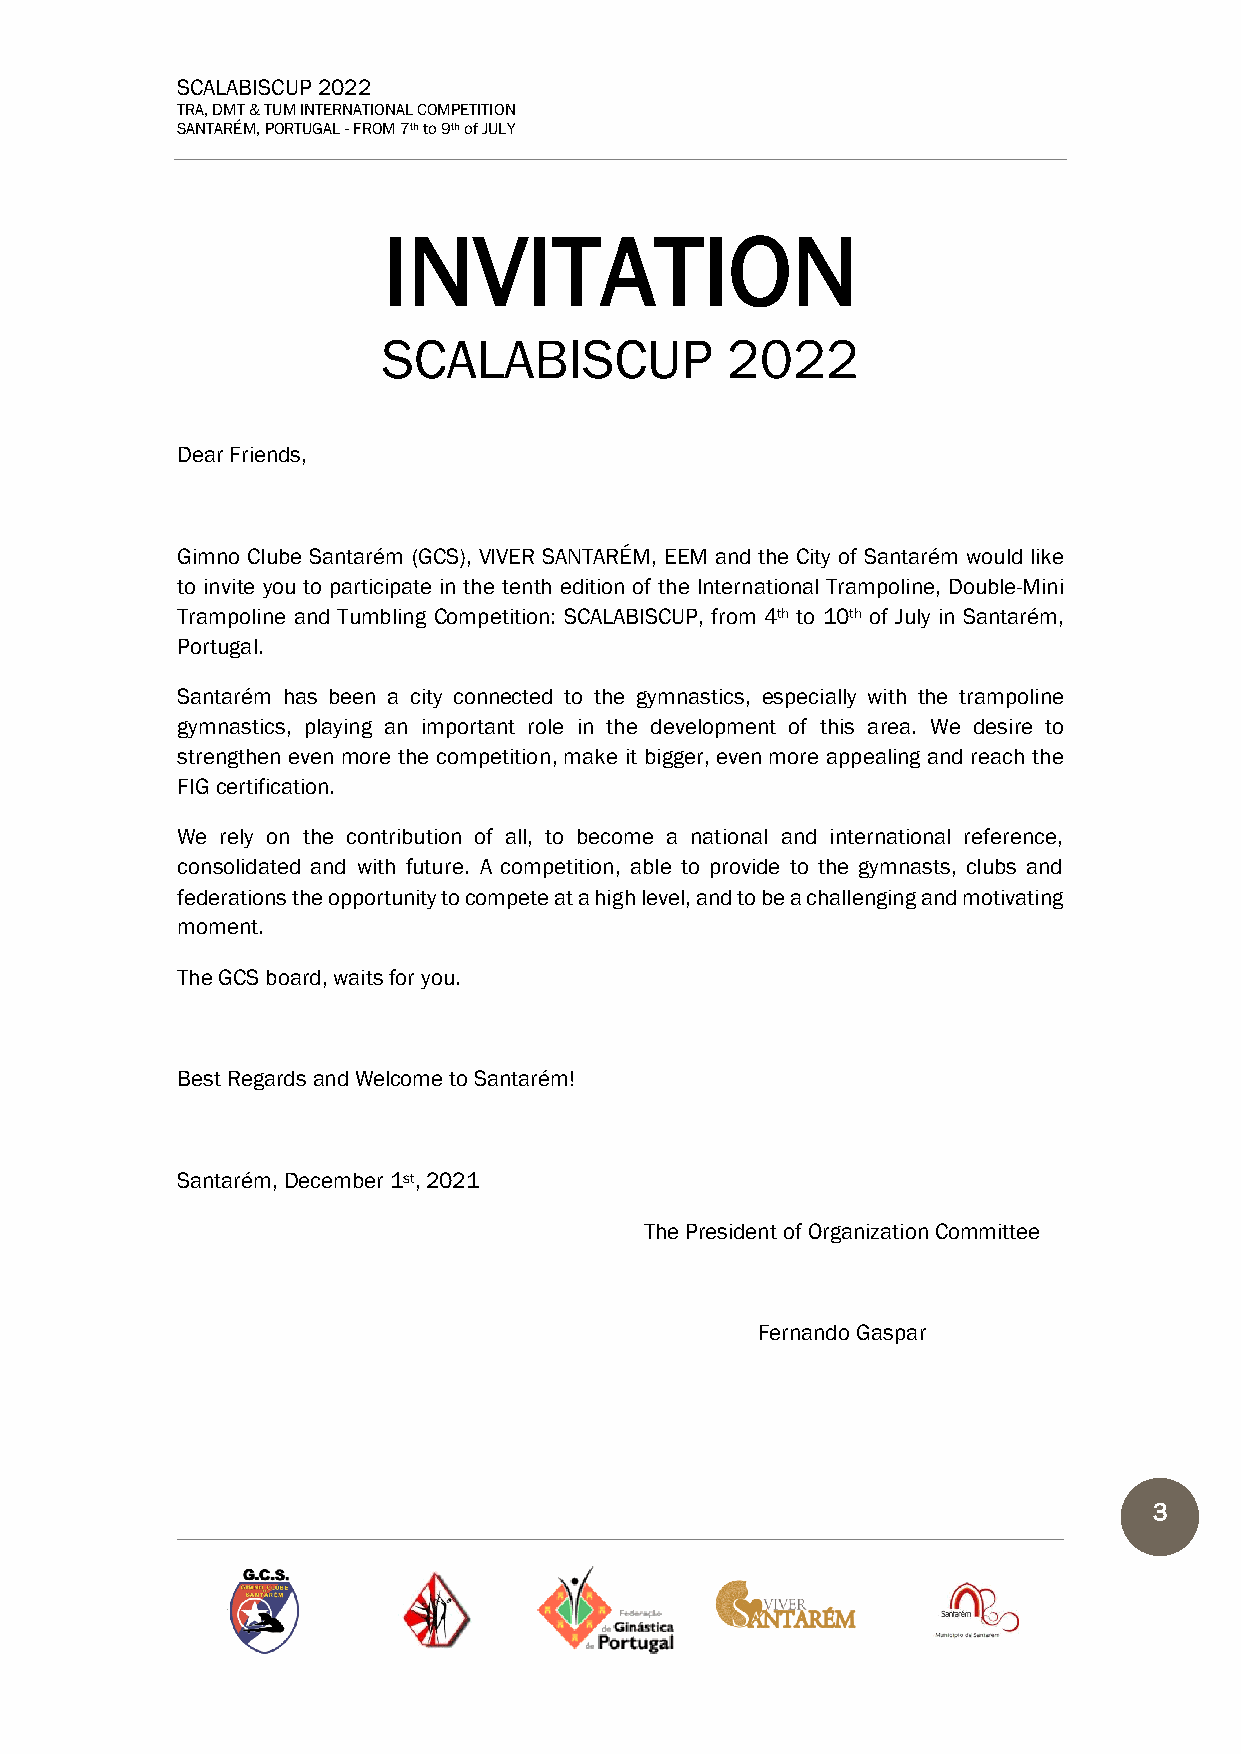
SCALABISCUP 2022
 TRA, DMT & TUM INTERNATIONAL COMPETITION
 SANTARÉM, PORTUGAL - FROM 7th to 9th of JULY
 INVITATION
 SCALABISCUP            2022
 Dear Friends,
 Gimno Clube Santarém (GCS), VIVER SANTARÉM, EEM and the City of Santarém would like
 to invite you to participate in the tenth edition of the International Trampoline, Double-Mini
 Trampoline and Tumbling Competition: SCALABISCUP, from 4th to 10th of July in Santarém,
 Portugal.
 Santarém has been a city connected to the gymnastics, especially with the trampoline
 gymnastics, playing an important role in the development of this area. We desire to
 strengthen even more the competition, make it bigger, even more appealing and reach the
 FIG certification.
 We rely on the contribution of all, to become a national and international reference,
 consolidated and with future. A competition, able to provide to the gymnasts, clubs and
 federations the opportunity to compete at a high level, and to be a challenging and motivating
 moment.
 The GCS board, waits for you.
 Best Regards and Welcome to Santarém!
 Santarém, December 1st, 2021
 The President of Organization Committee
 Fernando Gaspar
 3